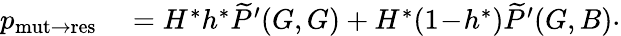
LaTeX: \begin{array}{rl}{p_{\mathrm{mut\to res}}}&{{}=H^{\ast}h^{\ast}\widetilde{P}^{\prime}(G,G)+H^{\ast}(1\! -\! h^{\ast})\widetilde{P}^{\prime}(G,B)}\end{array}.